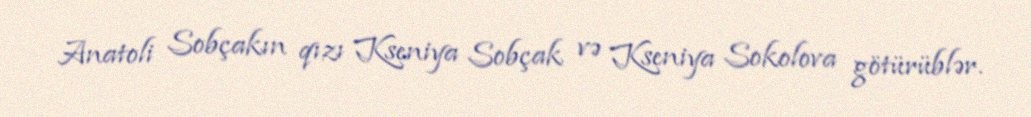
Anatoli Sobçakın qızı Kseniya Sobçak və Kseniya Sokolova götürüblər.